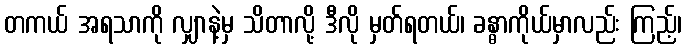
တကယ် အရသာကို လျှာနဲ့မှ သိတာလို့ ဒီလို မှတ်ရတယ်၊ ခန္ဓာကိုယ်မှာလည်း ကြည့်၊